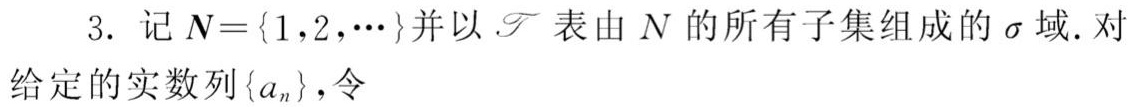
3. 记 $\boldsymbol{N}=\{1,2,\cdots\}$ 并以 $\mathscr{F}$ 表由 $\boldsymbol{N}$ 的所有子集组成的 $\sigma$ 域. 对给定的实数列 $\{a_n\}$, 令